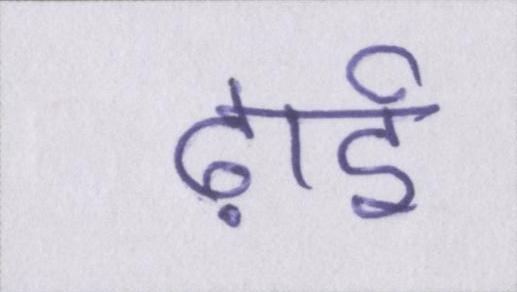
ढ़ाई